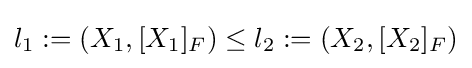
{\textstyle l_{1}:=(X_{1},[X_{1}]_{F})\leq l_{2}:=(X_{2},[X_{2}]_{F})}